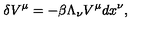
\delta V ^ { \mu } = - \beta \Lambda _ { \nu } V ^ { \mu } d x ^ { \nu } ,